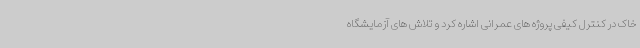
خاک در کنترل کیفی پروژه های عمرانی اشاره کرد و تلاش های آزمایشگاه